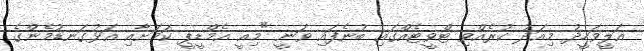
އަލީވަހީދު މިއަދު ކުރެއްވި ޓްވީޓެއްގައި ބުނެފައި ވަނީ "މިއީ އެމްޑީޕީ ކަމަށާއި އަޅުގަނޑުމެންގެ